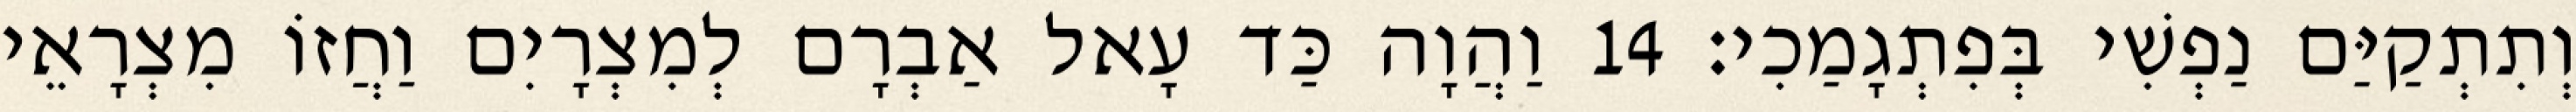
וְתִתְקַיַּם נַפְשִׁי בְּפִתְגָמַכִי׃ 14 וַהֲוָה כַּד עָאל אַבְרָם לְמִצְרָיִם וַחֲזוֹ מִצְרָאֵי